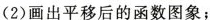
(2)画出平移后的函数图象；